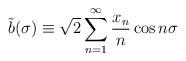
LaTeX: \begin{align*}\tilde{b}(\sigma)\equiv\sqrt{2}\sum_{n=1}^\infty\frac{x_n}{n}\cos n\sigma\end{align*}